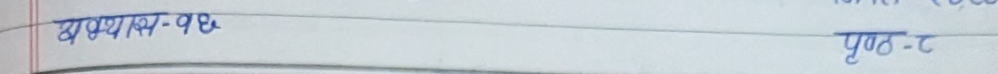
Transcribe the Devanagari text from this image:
अभ्यास-१४ पृष्ठ-८